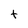
Character: t